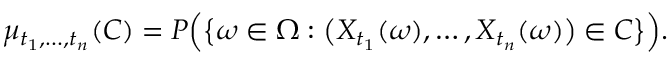
\mu _ { t _ { 1 } , \dots , t _ { n } } ( C ) = P { \Big ( } { \big \{ } \omega \in \Omega : { \big ( } X _ { t _ { 1 } } ( \omega ) , \dots , X _ { t _ { n } } ( \omega ) { \big ) } \in C { \big \} } { \Big ) } .